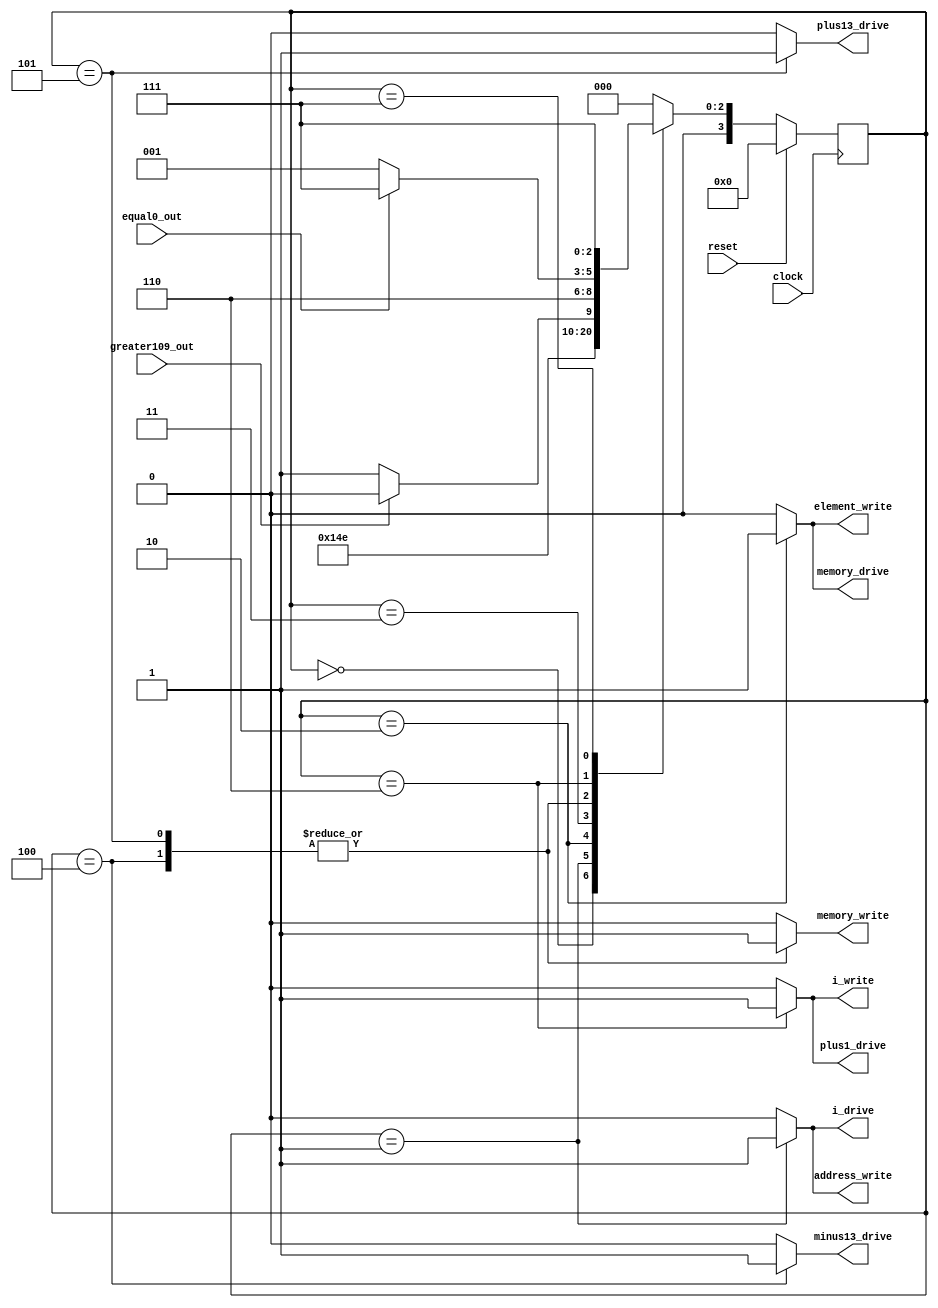
module control(
    input wire clock,
    input wire reset,
	 
    input wire greater109_out,
    input wire equal0_out,
	 
    output reg element_write,
    output reg i_write,
    output reg i_drive,
    output reg plus13_drive,
	 output reg minus13_drive,
	 output reg plus1_drive,
    output reg memory_write,
    output reg memory_drive,
    output reg address_write);

    parameter state_reset =     4'h0;
    parameter state_read1 =     4'h1;
    parameter state_read2 =     4'h2;
    parameter state_compare =   4'h3;
	 parameter state_subtract =  4'h4;
	 parameter state_add = 		  4'h5;
	 parameter state_plus1 = 	  4'h6;
    parameter state_end =       4'h7;

    reg [3:0] state;
    reg [3:0] next_state;

    always @* begin
		element_write = 1'b0;
		i_write = 1'b0;
		i_drive = 1'b0;
		plus13_drive = 1'b0;
		minus13_drive = 1'b0;
		plus1_drive = 1'b0;
		memory_write = 1'b0;
		memory_drive = 1'b0;
		address_write = 1'b0;
      next_state = state_reset;

	case (state)

	    state_reset: begin
		next_state = state_read1;
	    end

	    state_read1: begin
		// transfer i to memory address
		i_drive = 1'b1;
		address_write = 1'b1;
		next_state = state_read2;
	    end

	    state_read2: begin
		// read memory[i]
		memory_drive = 1'b1;
		element_write = 1'b1;
		next_state = state_compare;
	    end

	    state_compare: begin
		// is memory[i] more than the current max?
		if (greater109_out == 1'b1) begin
		    next_state = state_subtract;
		end 
		else begin
		    next_state = state_add;
		end
	    end
	    state_subtract: begin
		//subtracts 13
		minus13_drive = 1'b1;
		memory_write = 1'b1;
		next_state = state_plus1;
	    end
		 
		 state_add: begin
		 //adds 13
		 plus13_drive = 1'b1;
		 memory_write = 1'b1;
		 next_state = state_plus1;
		 end

	    state_plus1: begin
		// increment i
		 plus1_drive = 1'b1;
		i_write = 1'b1;
		if (equal0_out == 1'b1) begin
			 next_state = state_end;
		end else begin
			 next_state = state_read1;
		end 
	   end

	   state_end: begin
			 next_state = state_end;
	   end

	endcase
    end

    always @(posedge clock) begin
        if (reset == 1'b1) begin
            state <= state_reset;
        end else begin
            state <= next_state;
        end
    end

endmodule